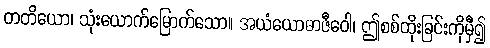
တတိယော၊ သုံးယောက်မြောက်သော။ အယံယောဓာဇီဝေါ၊ ဤစစ်ထိုးခြင်းကိုမှီ၍